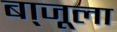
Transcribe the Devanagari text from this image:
बा्जूला